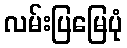
လမ်းပြမြေပုံ